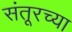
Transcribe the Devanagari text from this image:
संतूरच्या